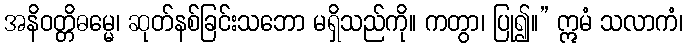
အနိဝတ္တိဓမ္မေ၊ ဆုတ်နစ်ခြင်းသဘော မရှိသည်ကို။ ကတွာ၊ ပြု၍။” ဣမံ သလာကံ၊